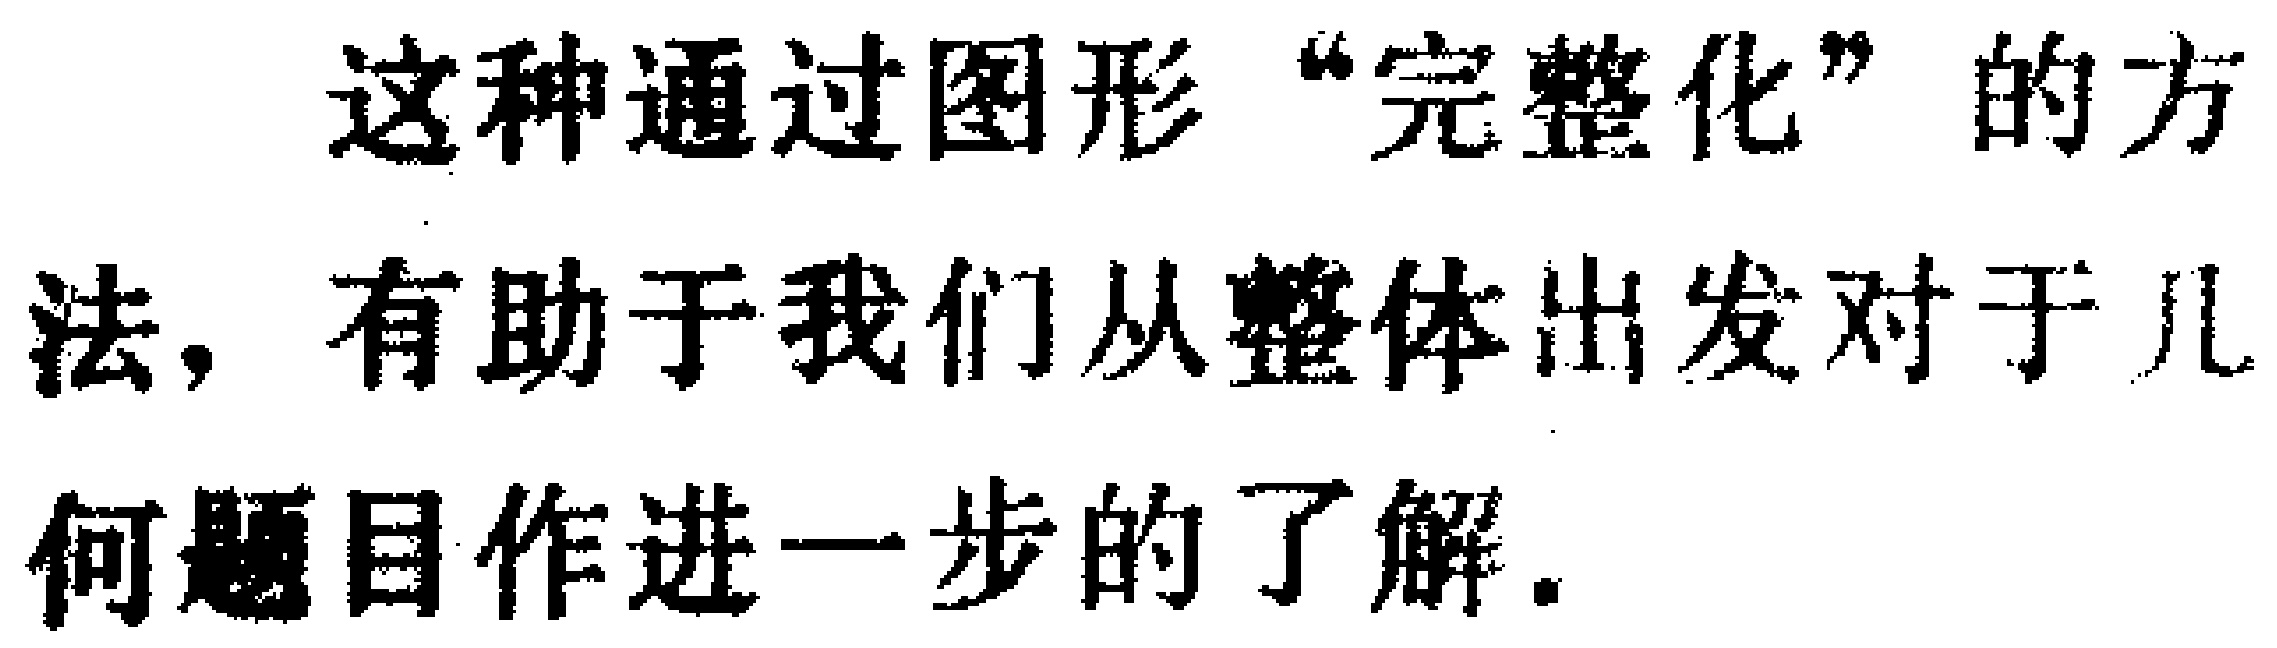
这种通过图形“完整化”的方法，有助于我们从整体出发对于几何题目作进一步的了解。